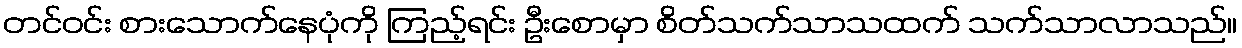
တင်ဝင်း စားသောက်နေပုံကို ကြည့်ရင်း ဦးစောမှာ စိတ်သက်သာသထက် သက်သာလာသည်။